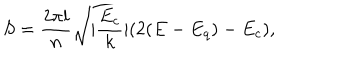
LaTeX: S = \frac { 2 \pi l } { n } \sqrt { | \frac { E _ { c } } { k } | ( 2 ( E - E _ { q } ) - E _ { c } ) } ,